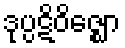
ဒုပ္ပဋိဝိဇ္ဈော